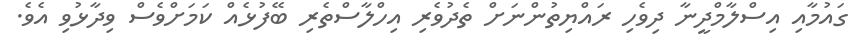
ގައުމާއި އިސްލާމްދީނާ ދިވެހި ރައްޔިތުންނަށް ތެދުވެރި އިހްލާސްތެރި ބޭފުޅެއް ކަމަށްވެސް ވިދާޅުވި އެވެ.